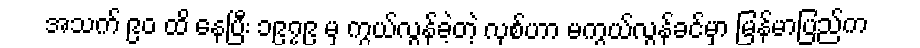
အသက် ၉၀ ထိ နေပြီး ၁၉၇၉ မှ ကွယ်လွန်ခဲ့တဲ့ လုစ်ဟာ မကွယ်လွန်ခင်မှာ မြန်မာပြည်က